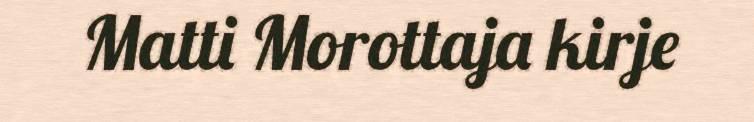
Matti Morottaja kirje